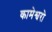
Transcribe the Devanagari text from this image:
कामेश्वरो